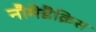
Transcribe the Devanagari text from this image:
नौमेडैक्रिस